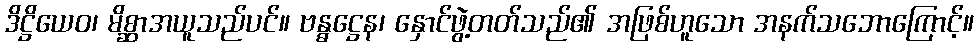
ဒိဋ္ဌိယေဝ၊ မိစ္ဆာအယူသည်ပင်။ ဗန္ဓဋ္ဌေန၊ နှောင်ဖွဲ့တတ်သည်၏ အဖြစ်ဟူသော အနက်သဘောကြောင့်။